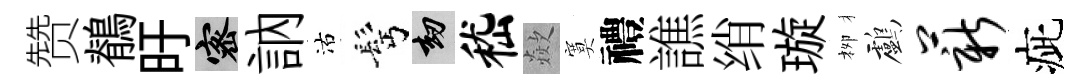
赞鶺旴密訥沽髩劫嵇歘寞禮譙绡璇栁鸕薪疵